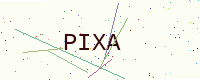
Text: PIXA